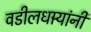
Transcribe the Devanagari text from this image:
वडीलधार्‍यांनी